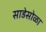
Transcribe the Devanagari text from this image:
साडेसोळा